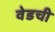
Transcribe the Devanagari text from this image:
वेडची